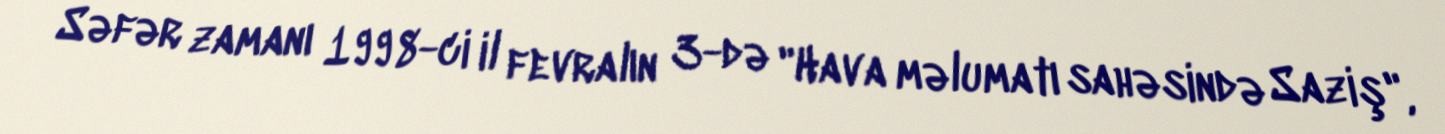
Səfər zamanı 1998-ci il fevralın 3-də "Hava məlumatı sahəsində Saziş",